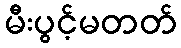
မီးပွင့်မတတ်